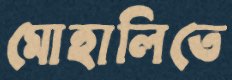
মোহালিতে